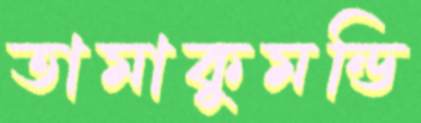
তামাকুমন্ডি